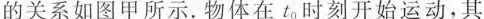
的关系如图甲所示，物体在t_{0}时刻开始运用，其